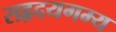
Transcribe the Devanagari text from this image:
सहृदयगम्य